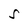
Character: S